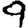
Digit: 9